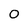
Character: 0